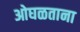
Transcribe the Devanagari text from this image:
ओघळताना